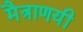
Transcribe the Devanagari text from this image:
मैत्राणयी